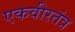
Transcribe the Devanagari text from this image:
एकवीरतंत्र